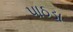
પાઠડા